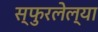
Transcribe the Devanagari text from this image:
स्फुरलेल्या